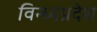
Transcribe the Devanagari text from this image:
विन्ध्यप्रदेश